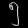
Digit: ၅